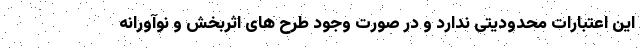
این اعتبارات محدودیتی ندارد و در صورت وجود طرح های اثربخش و نوآورانه